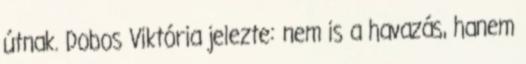
útnak. Dobos Viktória jelezte: nem is a havazás, hanem